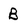
Character: B